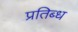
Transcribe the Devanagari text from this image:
प्रतिब्ध